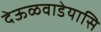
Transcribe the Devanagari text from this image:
देऊळवाडेयासि